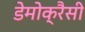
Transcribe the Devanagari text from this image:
डेमोक्रैसी